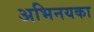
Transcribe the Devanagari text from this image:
अभिनयका